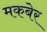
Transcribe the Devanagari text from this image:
मकबेर